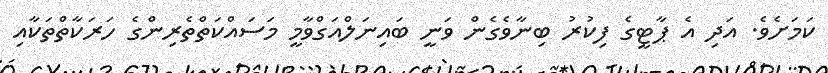
ކަމަށެވެ. އަދި އެ ޕާޓީގެ ފިކުރު ބިނާވެގެން ވަނީ ބައިނަލްއަގްވާމީ މަސައްކަތްތެރިންގެ ހަރަކާތްތަކާއި